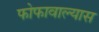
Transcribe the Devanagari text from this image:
फोफावाल्यास